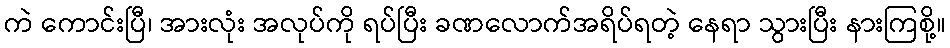
ကဲ ကောင်းပြီ၊ အားလုံး အလုပ်ကို ရပ်ပြီး ခဏလောက်အရိပ်ရတဲ့ နေရာ သွားပြီး နားကြစို့။